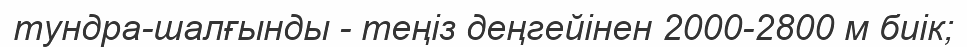
тундра-шалғынды - теңіз деңгейінен 2000-2800 м биік;